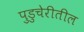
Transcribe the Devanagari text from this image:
पुडुचेरीतील